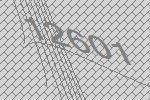
12601